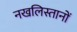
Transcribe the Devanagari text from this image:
नखलिस्तानों